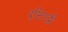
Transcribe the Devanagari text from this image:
दृष्टिपट्टी